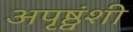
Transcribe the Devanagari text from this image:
अपृष्ठ्वंशी